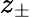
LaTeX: z_{\pm}